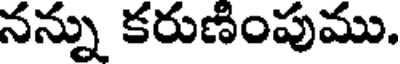
నన్ను కరుణింపుము.